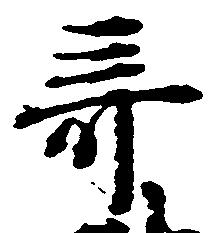
棄